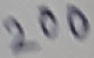
Text: 200